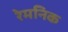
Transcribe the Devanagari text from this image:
रेमनिक